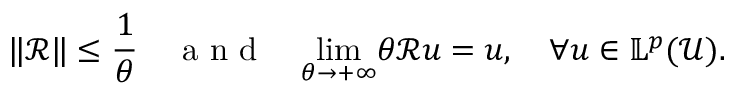
\Vert \mathcal { R } \Vert \leq \frac { 1 } { \theta } \quad \mathrm { ~ a ~ n ~ d ~ } \quad \underset { \theta \rightarrow + \infty } { \operatorname* { l i m } } \theta \mathcal { R } u = u , \quad \forall u \in \mathbb { L } ^ { p } ( \mathcal { U } ) .